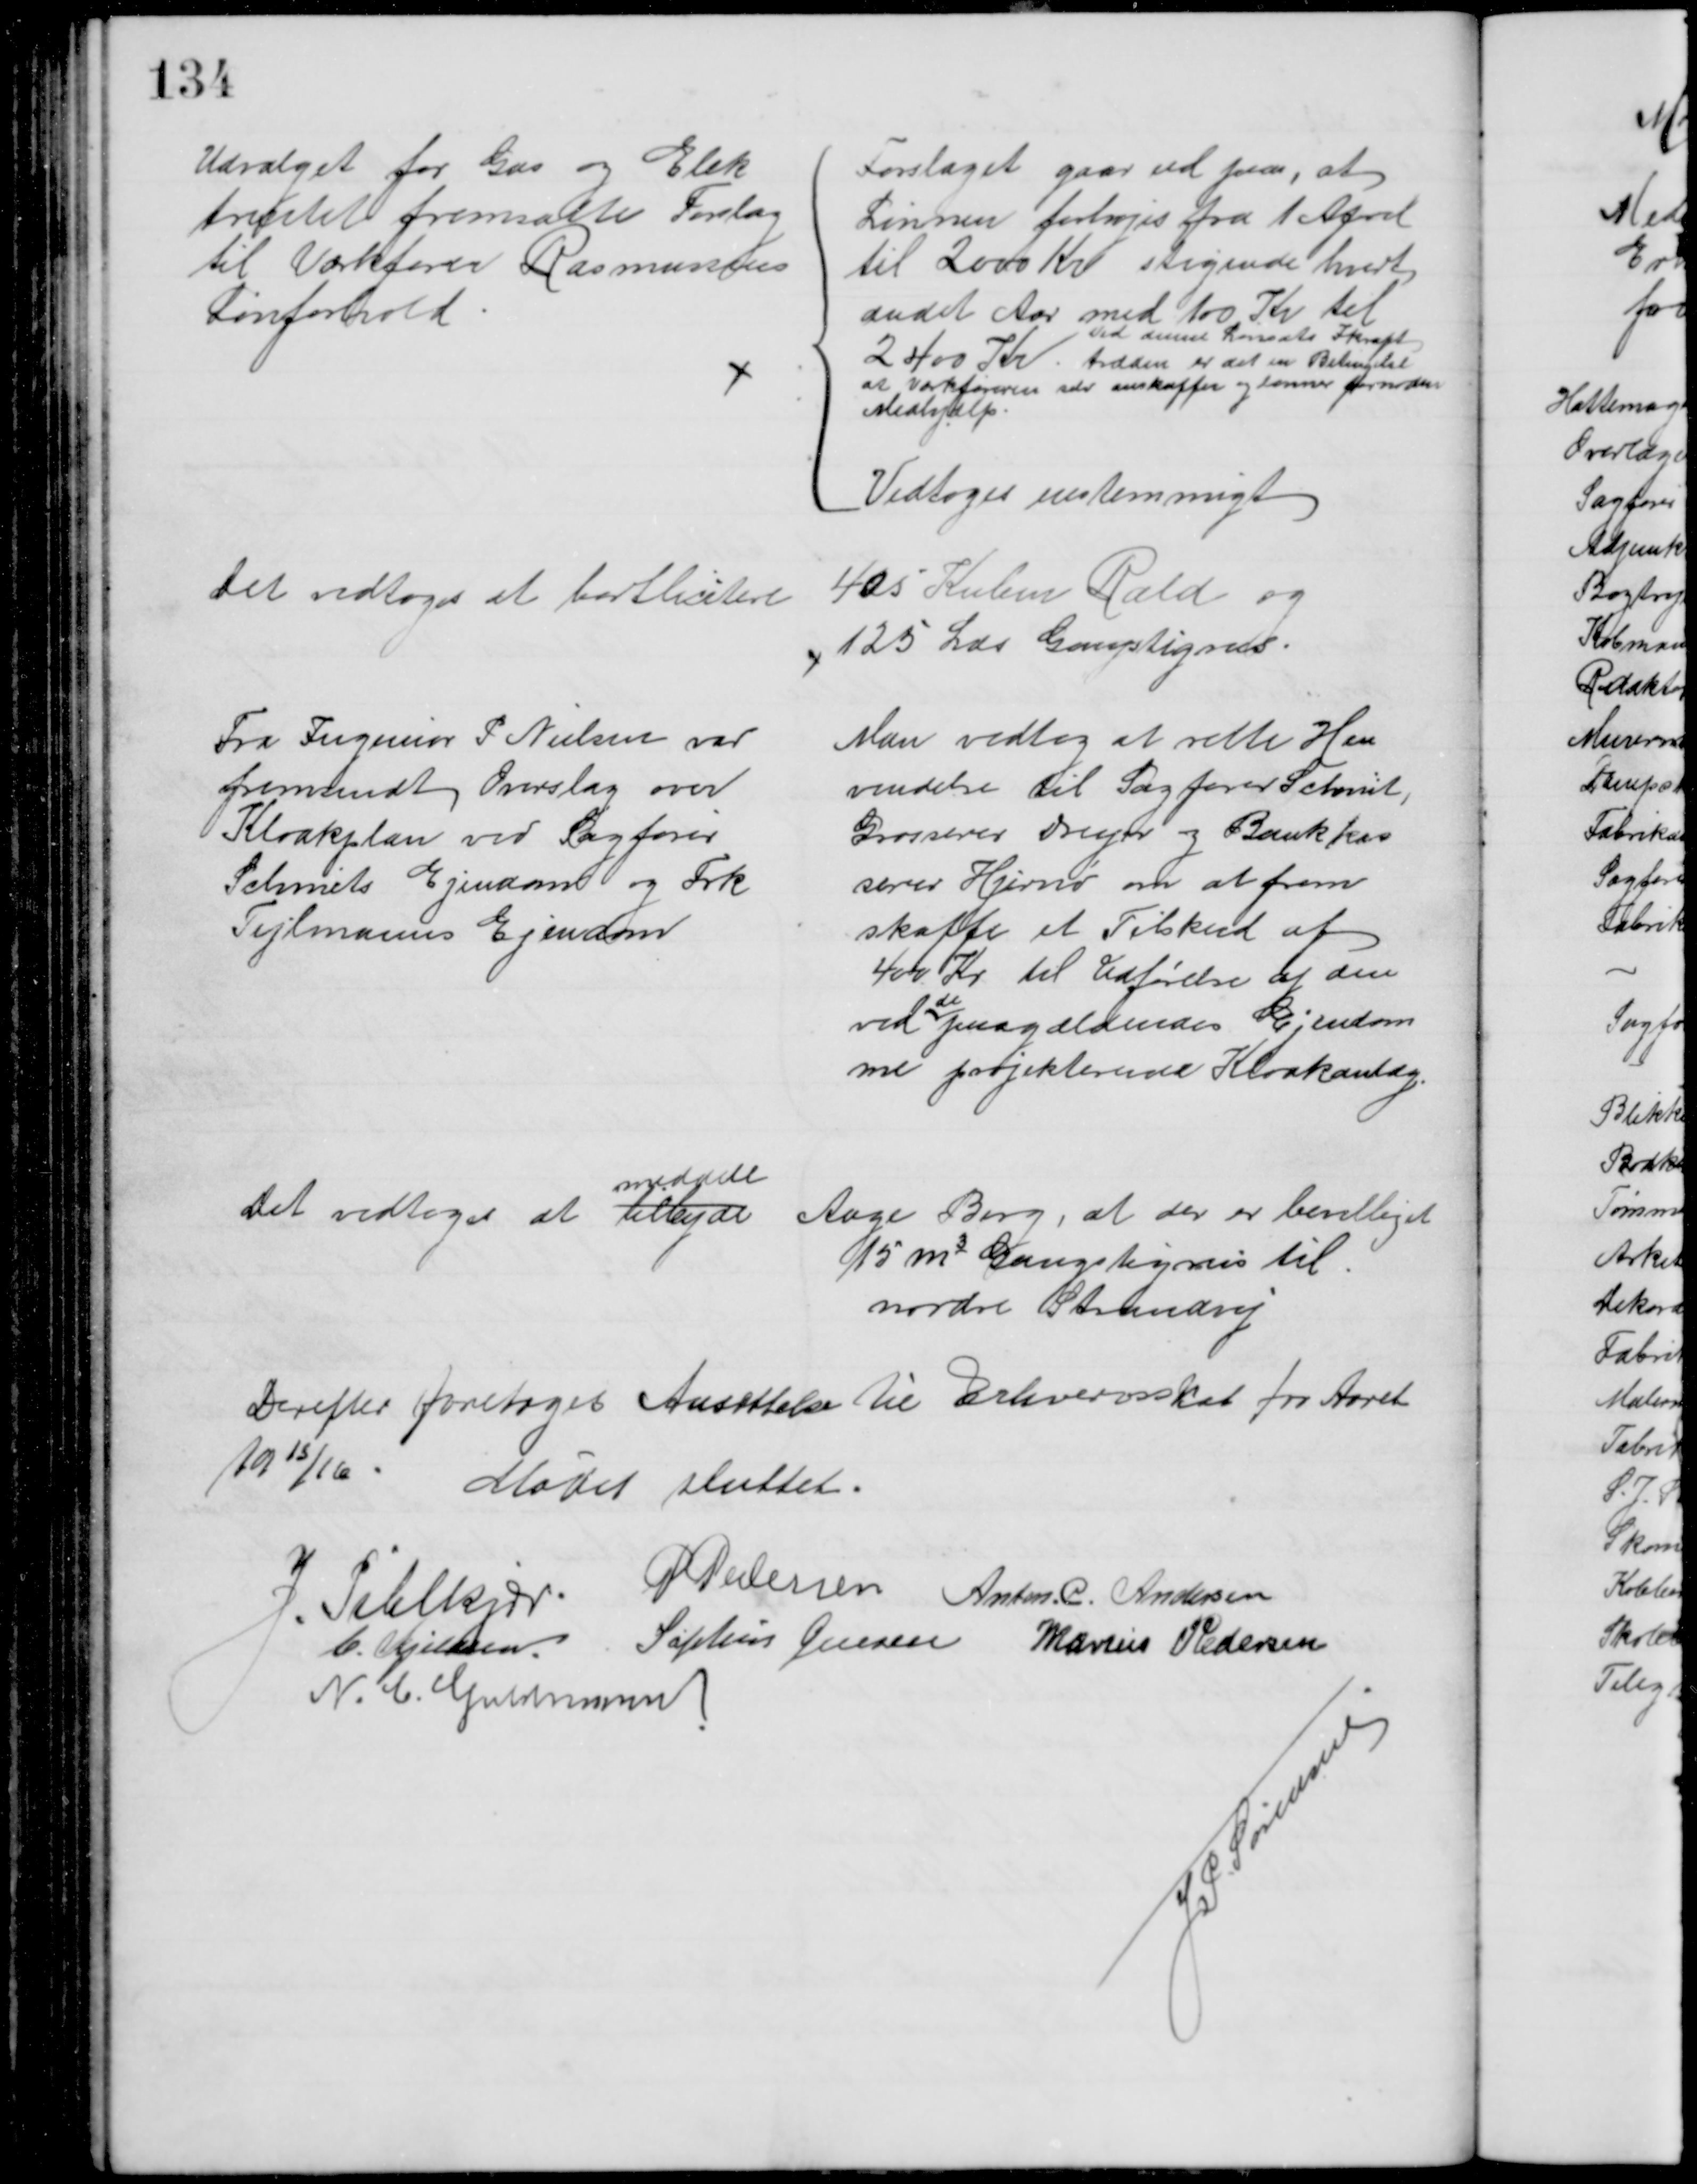
Transskription:
Udvalget for Gas og Elek
tricitet fremsatte Forslag
til Værktører Rasmussens
Lønforhold
Forslaget gaar ud paa, at
Lønnen forhøjes fra 1 April
til 2000 Kr stigende hvert
andet Aar med 100 Kr til
2400 Kr
Ved dennes Lønsats Ikraft
træden er det en Betingelse
at Værkføreren selv anskaffer og lønner fornøden
Medhjælp
Vedtoges enstemmigt
Det vedtoges at bortlicitere
405 Kubm Rald og
125 Læs Gangstigrus
Fra Ingeniør P. Nielsen var
fremsendt Overslag over
Kloakplan ved Sagfører
Schmits Ejendom og Frk
Tejlmanns Ejendom
Man vedtog at rette Hen
vendelse til Sagfører Schmit,
Grosserer Dreyer og Bankkas
serer Hjernø om at frem
skaffe et Tilskud af
400 Kr til Udførelse af den 
ved  
de
paagældendes Ejendom 
me projekterede Kloakanlæg
Det vedtoges at tilbyde
meddele
Aage Berg, at der er bevilliget
15 m3 Gangstigrus til
nordre Strandvej
Derefter foretoges Ansættelse til Erhvervsskat for Aaret
1915/16 
Mødet sluttet.
J. Pihlkjær. 
P. Pedersen Anders. C. Andersen
C. Kjeldsen Sophus Jensen Marius Pedersen
N. C. Guldmann
J. P. Sørensen